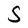
Character: S